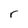
Character: r